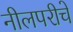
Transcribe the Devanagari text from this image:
नीलपरीचे